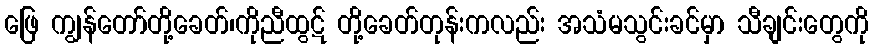
ဖြေ ကျွန်တော်တို့ခေတ်၊ကိုညီထွဋ် တို့ခေတ်တုန်းကလည်း အသံမသွင်းခင်မှာ သီချင်းတွေကို